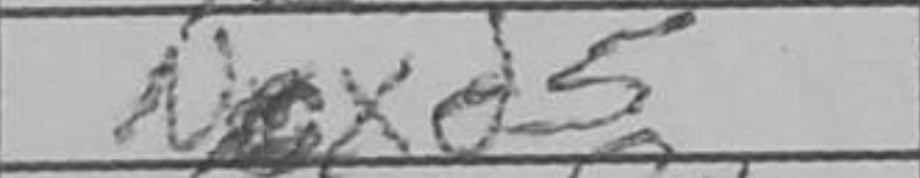
Transcription: Ncxd5